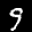
Label: 9